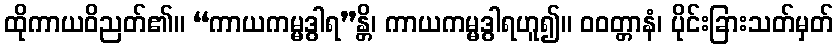
ထိုကာယဝိညတ်၏။ “ကာယကမ္မဒွါရ”န္တိ၊ ကာယကမ္မဒွါရဟူ၍။ ဝဝတ္တာနံ၊ ပိုင်းခြားသတ်မှတ်